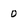
Character: 0